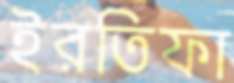
ইরতিফা